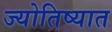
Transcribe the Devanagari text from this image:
ज्योतिष्यात